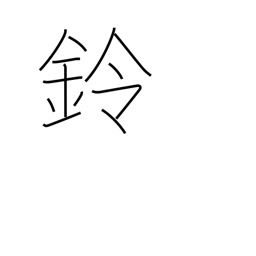
Meaning: small bell